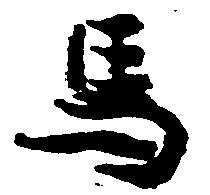
馬